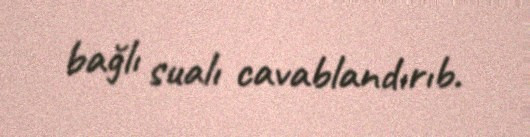
bağlı sualı cavablandırıb.